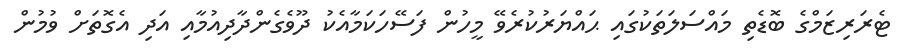
ޓެރަރިޒަމްގެ ބޮޑެތި މައްސަލަތަކުގައި ޙައްޔަރުކުރެވޭ މީހުން ފަސޭހަކަމާއެކު ދޫވެގެންދާދިއުމާއި އަދި އެގޮތަށް ވުމުން